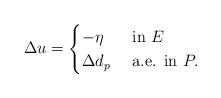
LaTeX: \begin{align*}\Delta u=\begin{cases}-\eta & \textrm{ in }E\\\Delta d_{p} & \textrm{ a.e. in }P.\end{cases}\end{align*}